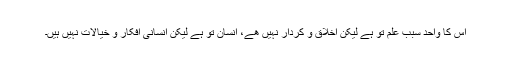
اس کا واحد سبب علم تو ہے لیکن اخلاق و کردار نہیں هے، انسان تو ہے لیکن انسانی افکار و خیالات نہیں ہیں۔